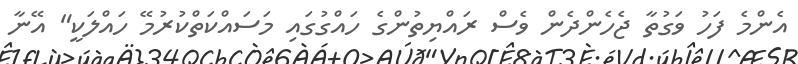
އެންމެ ފަހު ވަގުތާ ޖެހެންދެން ވެސް ރައްޔިތުންގެ ހައްގުގައި މަސައްކަތްކުރުމޭ ހައްލަކީ" އޭނާ